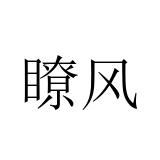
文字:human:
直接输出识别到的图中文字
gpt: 瞭风